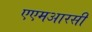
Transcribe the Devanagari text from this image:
एएमआरसी